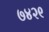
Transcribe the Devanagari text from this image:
७४२९